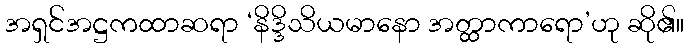
အရှင်အဋ္ဌကထာဆရာ ‘နိဒ္ဒိသိယမာနော အတ္ထာကာရော’ဟု ဆို၏။